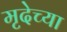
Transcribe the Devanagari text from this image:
मृदेच्या